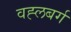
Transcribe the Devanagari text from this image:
वह्लबर्ग